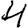
Digit: 4